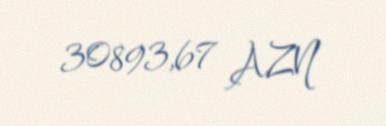
30893,67 AZN